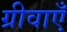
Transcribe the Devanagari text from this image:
ग्रीवाएँ